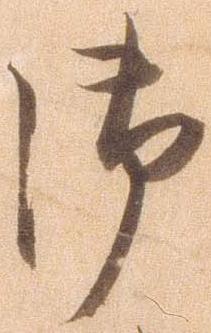
御